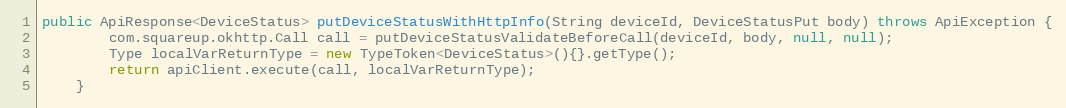
Language: Java
public ApiResponse<DeviceStatus> putDeviceStatusWithHttpInfo(String deviceId, DeviceStatusPut body) throws ApiException {
        com.squareup.okhttp.Call call = putDeviceStatusValidateBeforeCall(deviceId, body, null, null);
        Type localVarReturnType = new TypeToken<DeviceStatus>(){}.getType();
        return apiClient.execute(call, localVarReturnType);
    }